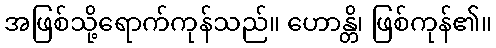
အဖြစ်သို့ရောက်ကုန်သည်။ ဟောန္တိ၊ ဖြစ်ကုန်၏။